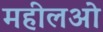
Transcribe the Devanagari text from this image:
महीलओ